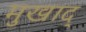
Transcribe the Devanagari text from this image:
मुखाद्